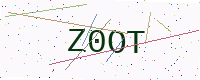
Text: Z0OT